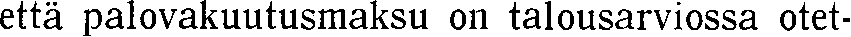
että palovakuutusmaksu on talousarviossa otet-